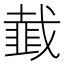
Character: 韯